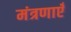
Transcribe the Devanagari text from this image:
मंत्रणाएँ